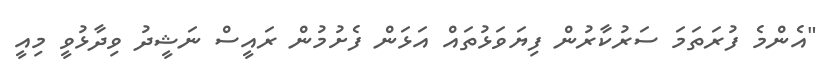
"އެންމެ ފުރަތަމަ ސަރުކާރުން ފިޔަވަޅުތައް އަޅަން ފެށުމުން ރައީސް ނަޝީދު ވިދާޅުވީ މިއީ